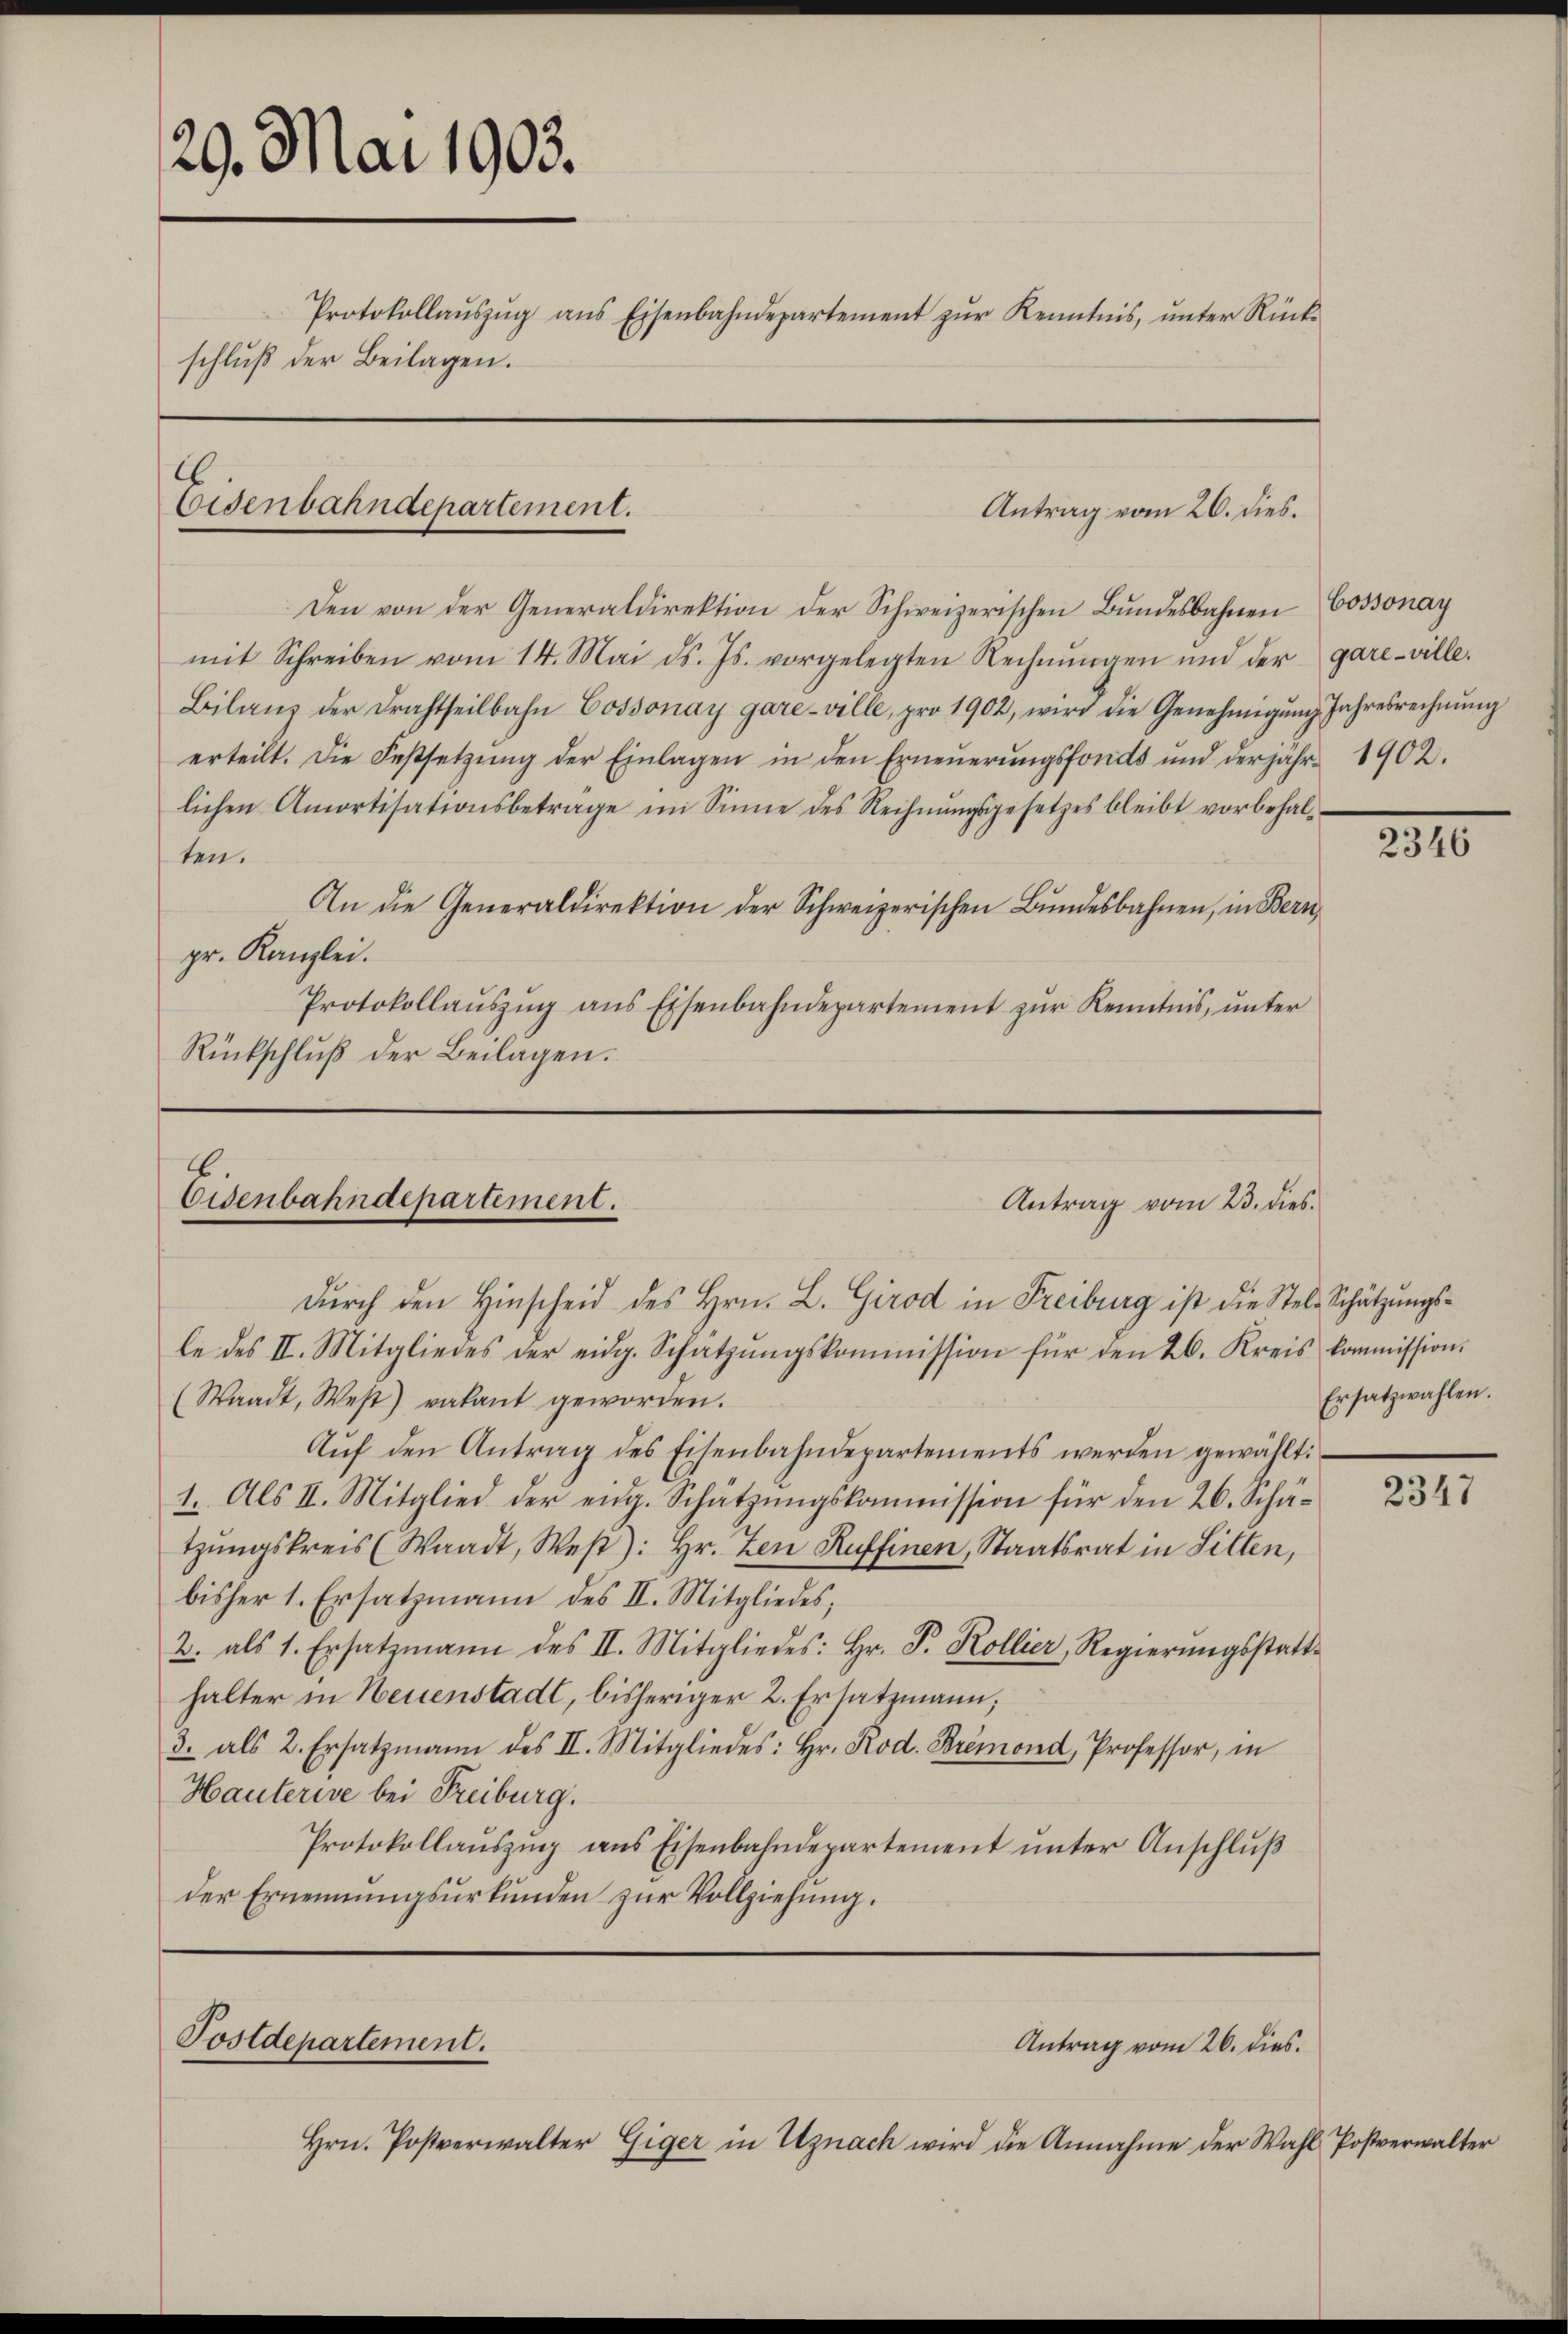
29. Mai 1903.
Protokollaŭszŭg ans Eisenbahndepartement zŭr Kenntnis, ŭnter Rück-
schluß der Beilagen.
Eisenbahndepartement.
Antrag vom 26. dies.

Den von der Generaldirektion der Schweizerischen Bundesbahnen Cossonay
mit Schreiben vom 14. Mai d. Js. vorgelegten Rechnŭngen und der gare-ville.
Bilanz der Drahtheilbahn Cossonay gare-ville, pro 1902, wird die Genehmigŭng Jahresrechnŭng
erteilt. Die Festsetzŭng der Einlagen in den Erneŭerŭngsfonds und derjähr 1902.
lichen Amortisationsbetrage im Sinne des Rechnŭngsgesetzes bleibt vorbehal-
ten.
An die Generaldirektion der Schweizerischen Bŭndesbahnen, in Bern,
pr. Kanzlei.
Protokollaŭszŭg ans Eisenbahndepartement zŭr Kenntnis, ŭnter
Rückschluß der Beilagen.

Eisenbahndepartement.
Antrag vom 23. dies
dŭrch den Hinscheid des Hrn. L. Girod in Freiburg ist die Stel-Schätzungs¬

Postdepartement.

le des II. Mitgliedes der eidg. Schatzŭngskommission für den 26. Kreis kommission.
(Waadt, West) vakant geworden.
Aŭf den Antrag des Eisenbahndepartements werden gewählt:
1. Als II. Mitglied der eidg. Schätzŭngskommission für den 26. Schätzŭngskreis (Waadt, Weβ): Hr. Zen Ruffinen, Staatsrat in Sitten,
bisher 1. Ersatzmann des II. Mitgliedes,
2. als 1. Ersatzmann des II. Mitgliedes: Hr. P. Kollier, Regierŭngsstatt-
halter in Neuenstadt, bisheriger 2. Ersatzmann;
3. als 2. Ersatzmann des II. Mitgliedes: Hr. Rod. Bremond, Professor, in
Hauterive bei Freiburg.
Protokollaŭszŭg ans Eisenbahndepartement unter Anschluß
der Ernennungsurkunden zŭr Vollziehung.

Hrn. Postverwalter Giger in Uznach wird die Annahme der Wahl Postverwalter

Antrag vom 26. dies.

Ersatzwahlen.

2346

2347